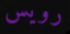
رويس